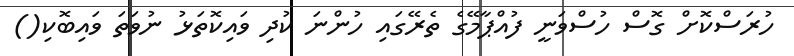
ހުރަސްކޮށް ގޮސް ހުސްވަނީ ފުއްޕާމޭގެ ތެރޭގައި ހުންނަ ކުދި ވައިކޮތަޅު ނުވަތަ ވައިބޮކި()